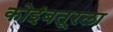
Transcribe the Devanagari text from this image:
कोइंबतूरला